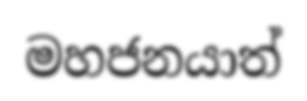
මහජනයාත්